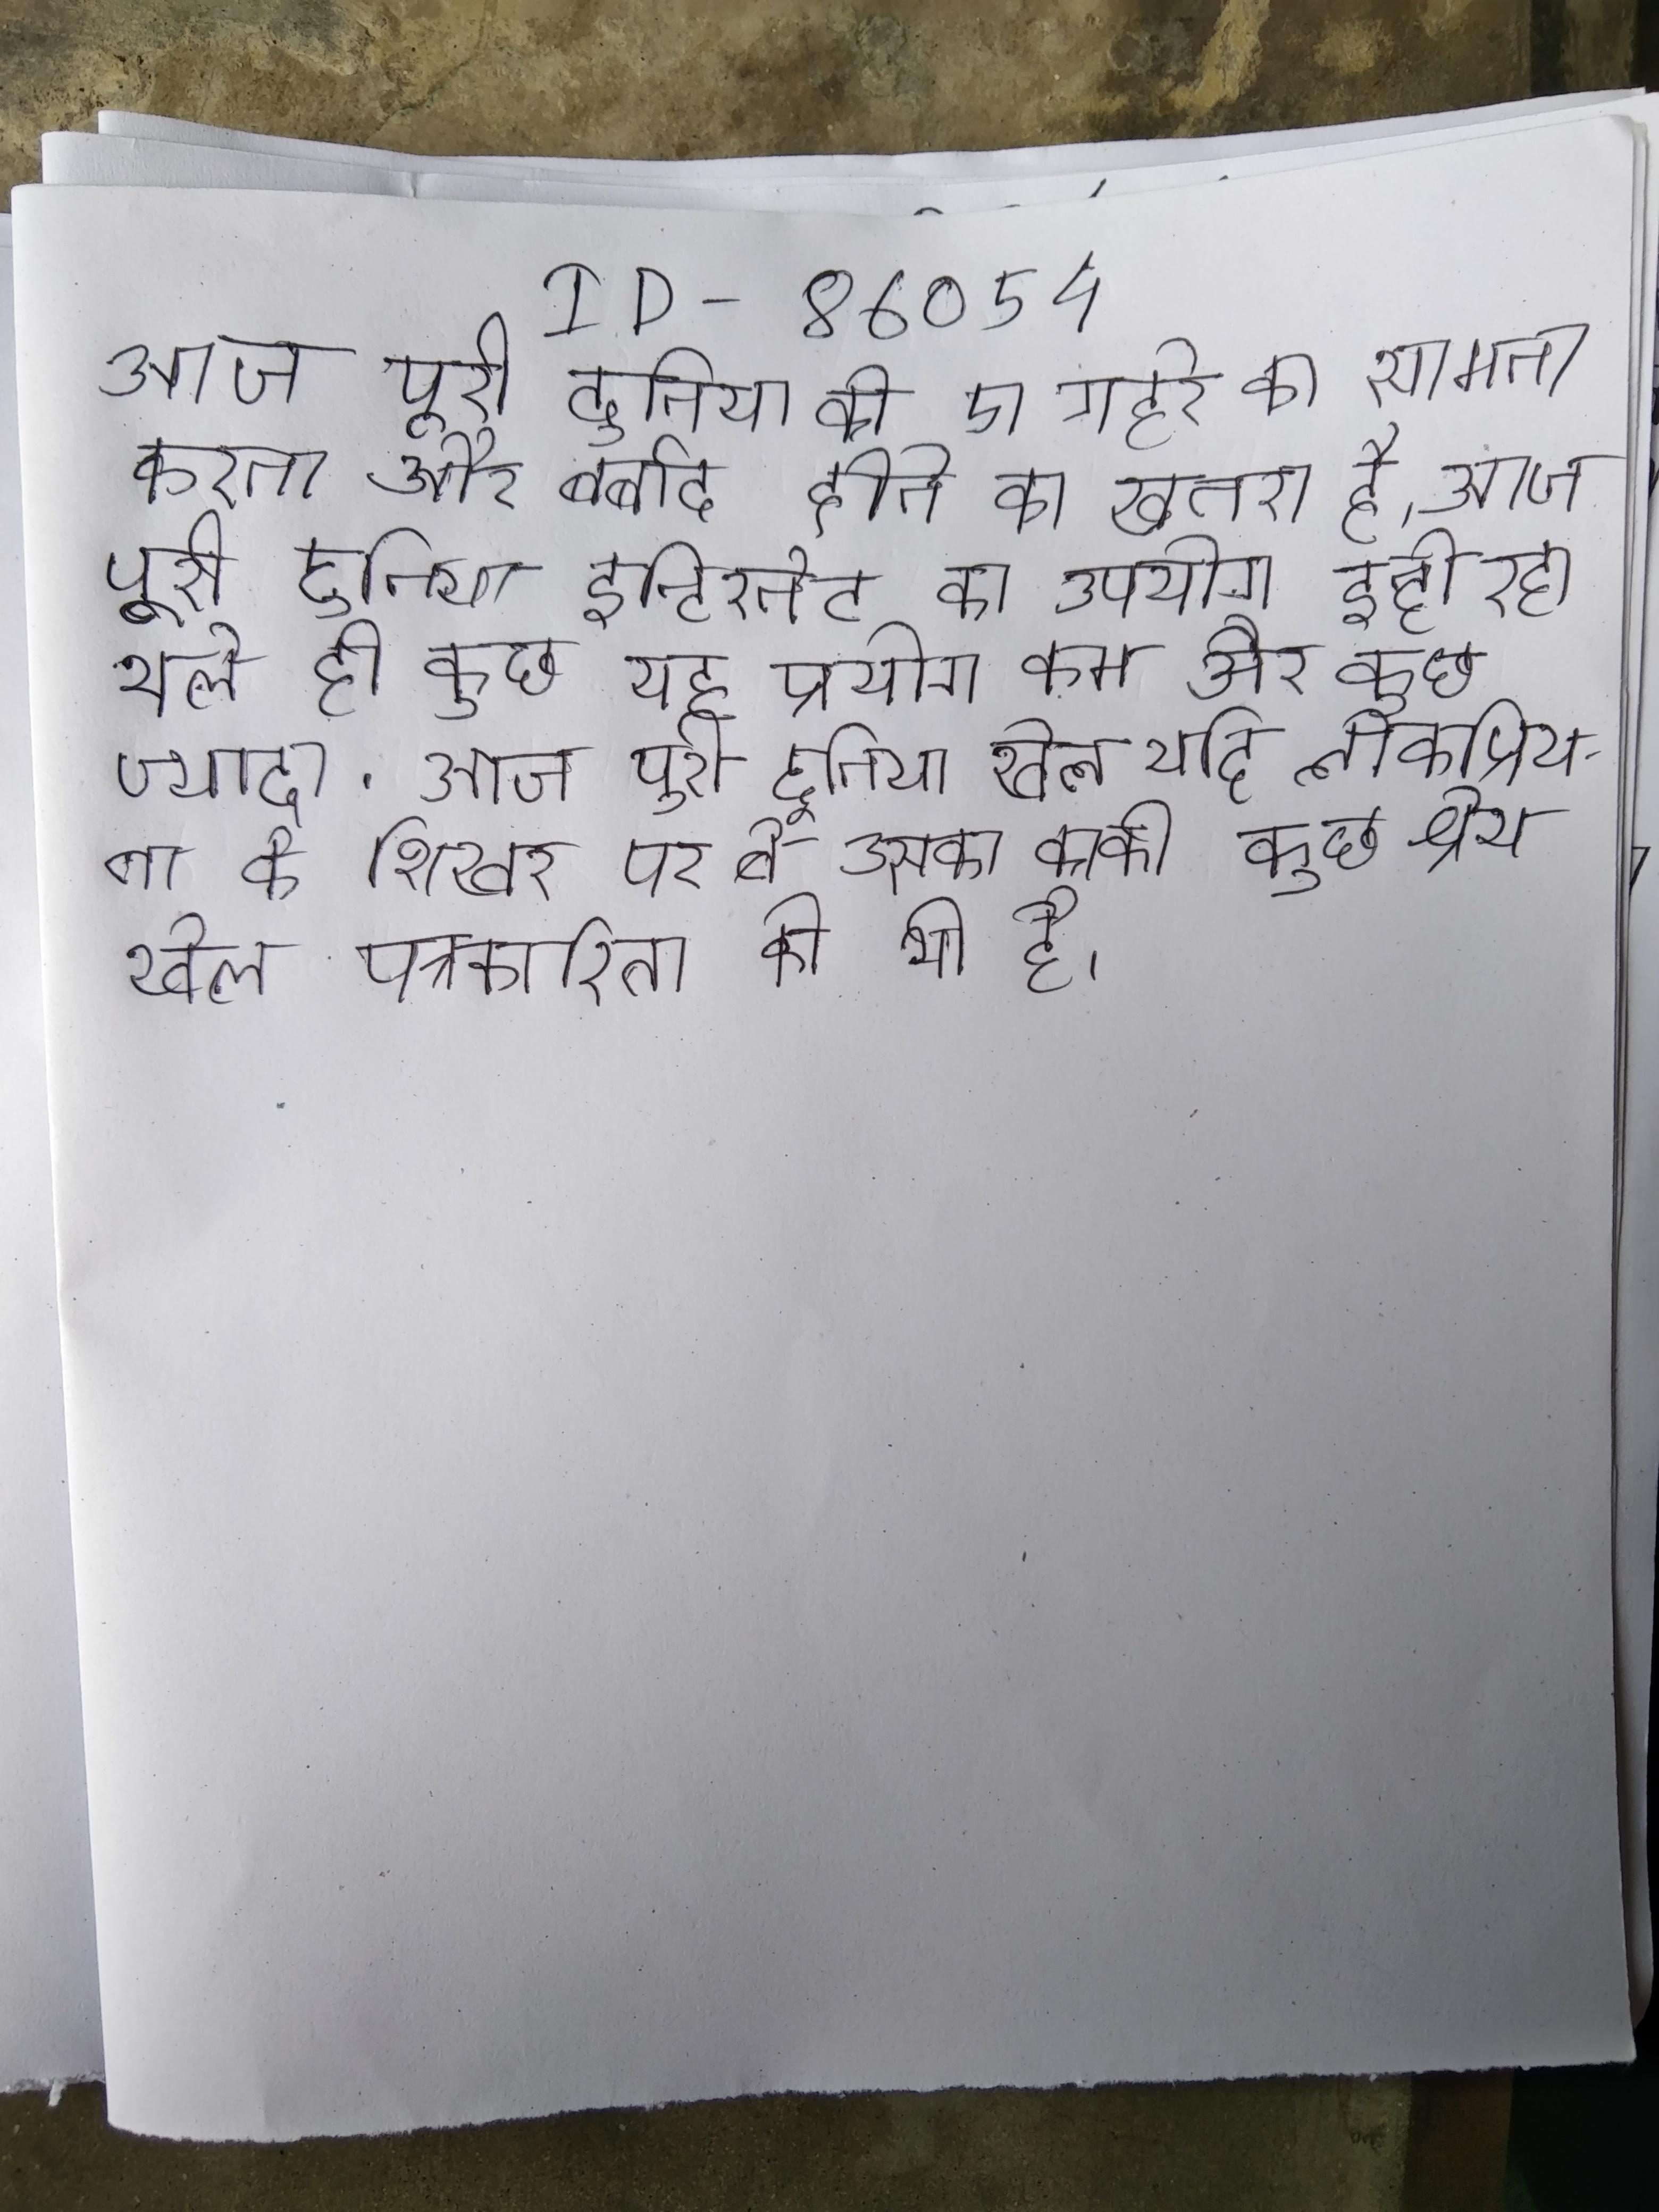
आज पूरी दुनिया को एक गहरे का सामना करना और बर्बाद होने का खतरा है । आज पूरी दुनिया इन्टरनेट का उपयोग हो रहा भले ही कुछ यह प्रयोग कम और कुछ ज्यादा . आज पूरी दुनिया खेल यदि लोकप्रियता के शिखर पर तो उसका काफी कुछ श्रेय खेल पत्रकारिता को भी है ।